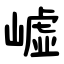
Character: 㠊